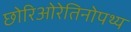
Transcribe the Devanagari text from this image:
छोरिओरेतिनोपथ्य